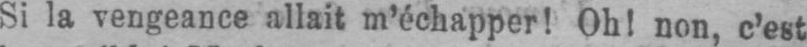
Si la vengeance allait m’échapper! Oh! non, c’est